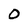
Character: o